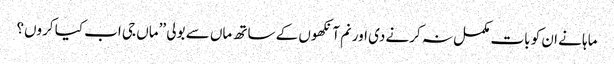
ماہا نے ان کو بات مکمل نہ کرنے دی اور نم آنکھوں کے ساتھ ماں سے بولی ’’ماں جی اب کیا کروں؟